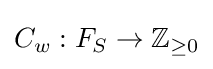
C_{w}:F_{S}\to \mathbb {Z} _{\geq 0}